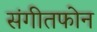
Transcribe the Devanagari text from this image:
संगीतफोन